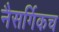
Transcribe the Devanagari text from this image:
नैसर्गिकच